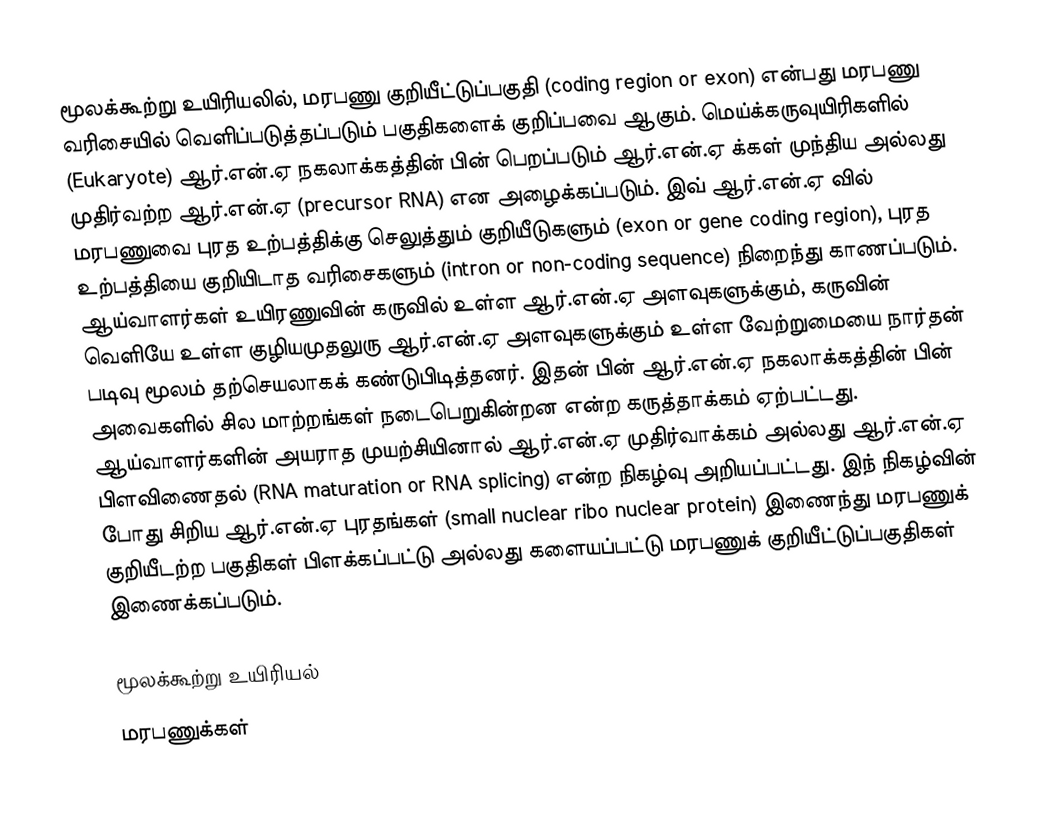
மூலக்கூற்று உயிரியலில், மரபணு குறியீட்டுப்பகுதி (coding region or exon) என்பது மரபணு வரிசையில் வெளிப்படுத்தப்படும் பகுதிகளைக் குறிப்பவை ஆகும். மெய்க்கருவுயிரிகளில் (Eukaryote) ஆர்.என்.ஏ நகலாக்கத்தின் பின் பெறப்படும் ஆர்.என்.ஏ க்கள் முந்திய அல்லது முதிர்வற்ற ஆர்.என்.ஏ (precursor RNA) என அழைக்கப்படும். இவ் ஆர்.என்.ஏ வில் மரபணுவை புரத உற்பத்திக்கு செலுத்தும் குறியீடுகளும் (exon or gene coding region), புரத உற்பத்தியை குறியிடாத வரிசைகளும் (intron or non-coding sequence) நிறைந்து காணப்படும். ஆய்வாளர்கள் உயிரணுவின் கருவில் உள்ள ஆர்.என்.ஏ அளவுகளுக்கும், கருவின் வெளியே உள்ள குழியமுதலுரு ஆர்.என்.ஏ அளவுகளுக்கும் உள்ள வேற்றுமையை நார்தன் படிவு மூலம் தற்செயலாகக் கண்டுபிடித்தனர். இதன் பின் ஆர்.என்.ஏ நகலாக்கத்தின் பின் அவைகளில் சில மாற்றங்கள் நடைபெறுகின்றன என்ற கருத்தாக்கம் ஏற்பட்டது. ஆய்வாளர்களின் அயராத முயற்சியினால் ஆர்.என்.ஏ முதிர்வாக்கம் அல்லது ஆர்.என்.ஏ பிளவிணைதல் (RNA maturation or RNA splicing) என்ற நிகழ்வு அறியப்பட்டது. இந் நிகழ்வின் போது சிறிய ஆர்.என்.ஏ புரதங்கள் (small nuclear ribo nuclear protein) இணைந்து மரபணுக் குறியீடற்ற பகுதிகள் பிளக்கப்பட்டு அல்லது களையப்பட்டு மரபணுக் குறியீட்டுப்பகுதிகள் இணைக்கப்படும்.

மூலக்கூற்று உயிரியல்
மரபணுக்கள்